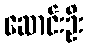
ဆောင်းဦး